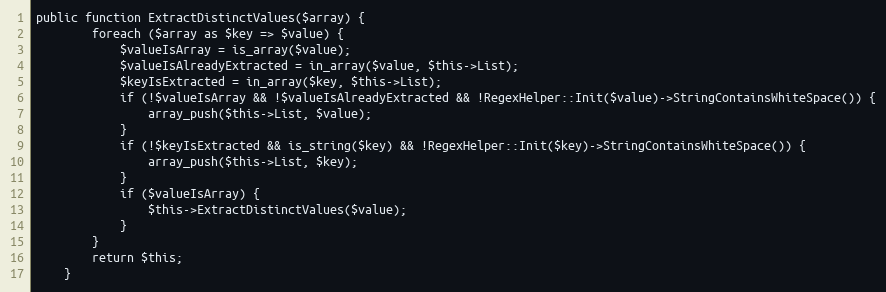
Language: PHP
public function ExtractDistinctValues($array) {
        foreach ($array as $key => $value) {
            $valueIsArray = is_array($value);
            $valueIsAlreadyExtracted = in_array($value, $this->List);
            $keyIsExtracted = in_array($key, $this->List);
            if (!$valueIsArray && !$valueIsAlreadyExtracted && !RegexHelper::Init($value)->StringContainsWhiteSpace()) {
                array_push($this->List, $value);
            }
            if (!$keyIsExtracted && is_string($key) && !RegexHelper::Init($key)->StringContainsWhiteSpace()) {
                array_push($this->List, $key);
            }
            if ($valueIsArray) {
                $this->ExtractDistinctValues($value);
            }
        }
        return $this;
    }